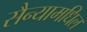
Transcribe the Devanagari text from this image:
सैन्यामधिल